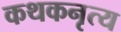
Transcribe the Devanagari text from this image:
कथकनृत्य